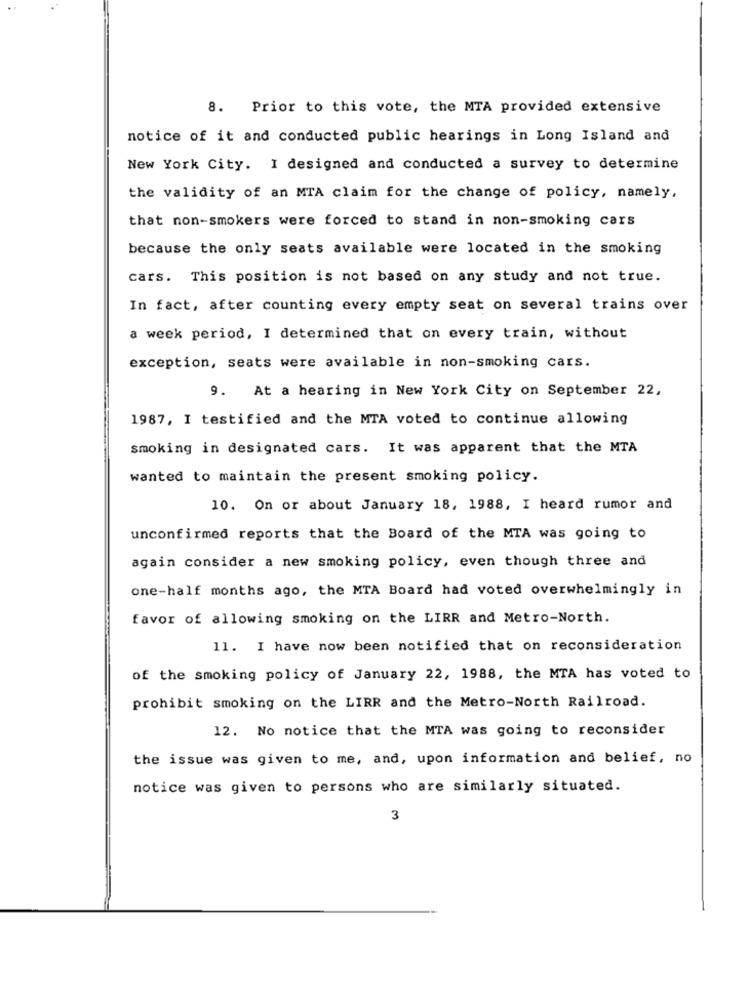
8. Prior to this vote, the MTA provided extensive
notice of it and conducted public hearings in Long Island and
New York City. I designed and conducted a survey to determine
the validity of an MTA claim for the change of policy, namely,
that non-smokers were forced to stand in non-smoking cars
because the only seats available were located in the smoking
cars. This position is not based on any study and not true.
In fact, after counting every empty seat on several trains over
a week period, I determined that on every train, without
exception, seats were available in non-smoking cars.
9.
At a hearing in New York City on September 22,
1987, I testified and the MTA voted to continue allowing
smoking in designated cars. It was apparent that the MTA
wanted to maintain the present smoking policy.
10. On or about January 18, 1988, I heard rumor and
unconfirmed reports that the Board of the MTA was going to
again consider a new smoking policy, even though three and
one-half months ago, the MTA Board had voted overwhelmingly in
favor of allowing smoking on the LIRR and Metro-North.
11. I have now been notified that on reconsideration
of the smoking policy of January 22, 1988, the MTA has voted to
prohibit smoking on the LIRR and the Metro-North Railroad.
12. No notice that the MTA was going to reconsider
the issue was given to me, and, upon information and belief, no
notice was given to persons who are similarly situated.
3